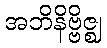
အဘိနိဗ္ဗိဇ္ဈ